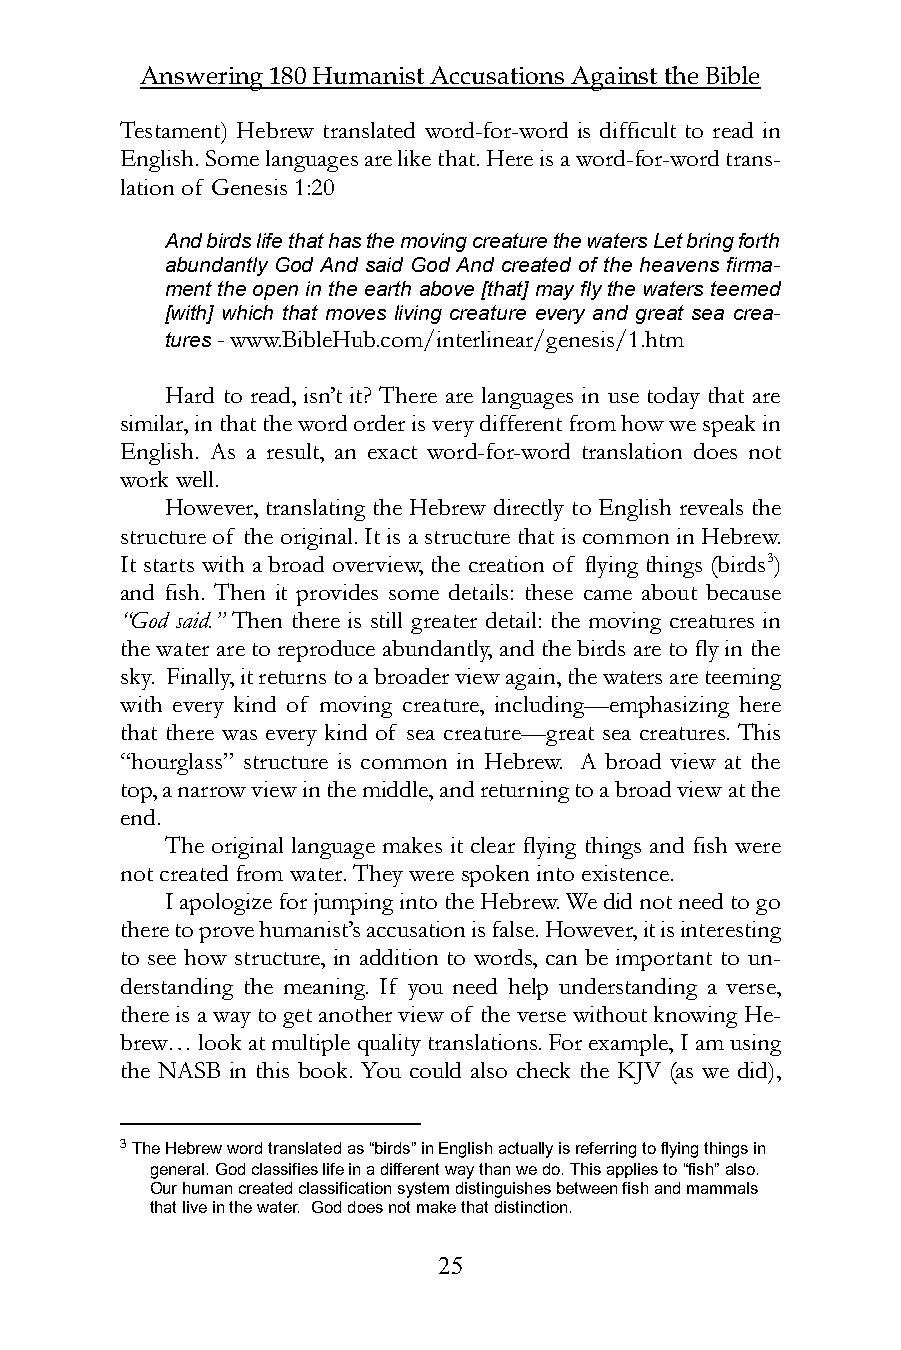
Answering 180 Humanist Accusations Against the Bible
 Testament) Hebrew translated word-for-word is difficult to read in
 English. Some languages are like that. Here is a word-for-word trans-
 lation of Genesis 1:20
 And birds life that has the moving creature the waters Let bring forth
 abundantly God And said God And created of the heavens firma-
 ment the open in the earth above [that] may fly the waters teemed
 [with] which that moves living creature every and great sea crea-
 tures - www.BibleHub.com/interlinear/genesis/1.htm
 Hard to read, isn’t it? There are languages in use today that are
 similar, in that the word order is very different from how we speak in
 English. As a result, an exact word-for-word translation does not
 work well.
 However, translating the Hebrew directly to English reveals the
 structure of the original. It is a structure that is common in Hebrew.
 It starts with a broad overview, the creation of flying things (birds3)
 and fish. Then it provides some details: these came about because
 “God said.” Then there is still greater detail: the moving creatures in
 the water are to reproduce abundantly, and the birds are to fly in the
 sky. Finally, it returns to a broader view again, the waters are teeming
 with every kind of moving creature, including—emphasizing here
 that there was every kind of sea creature—great sea creatures. This
 “hourglass” structure is common in Hebrew. A broad view at the
 top, a narrow view in the middle, and returning to a broad view at the
 end.
 The original language makes it clear flying things and fish were
 not created from water. They were spoken into existence.
 I apologize for jumping into the Hebrew. We did not need to go
 there to prove humanist’s accusation is false. However, it is interesting
 to see how structure, in addition to words, can be important to un-
 derstanding the meaning. If you need help understanding a verse,
 there is a way to get another view of the verse without knowing He-
 brew… look at multiple quality translations. For example, I am using
 the NASB in this book. You could also check the KJV (as we did),
 3 The Hebrew word translated as “birds” in English actually is referring to flying things in
 general. God classifies life in a different way than we do. This applies to “fish” also.
 Our human created classification system distinguishes between fish and mammals
 that live in the water. God does not make that distinction.
 25